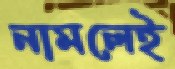
নামলেই